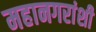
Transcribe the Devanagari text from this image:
महानगरांशी